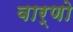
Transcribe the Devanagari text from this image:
वार्णो